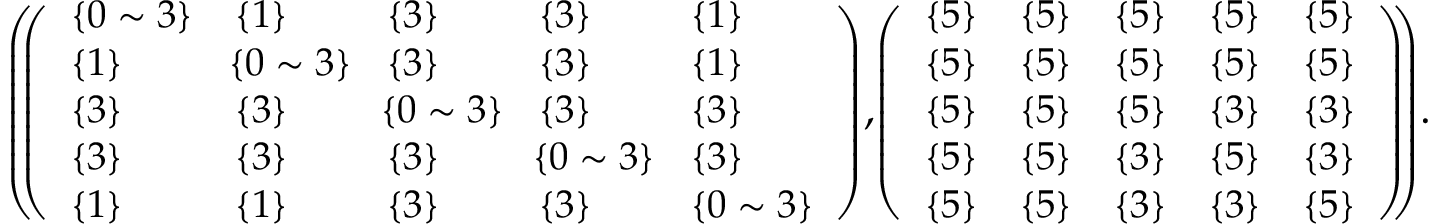
\begin{array} { r } { \small { \left( \! \! \left( \begin{array} { l l l l l } { \{ 0 \sim 3 \} } & { \{ 1 \} } & { \{ 3 \} } & { \{ 3 \} } & { \{ 1 \} } \\ { \{ 1 \} } & { \! \{ 0 \sim 3 \} \! } & { \{ 3 \} } & { \{ 3 \} } & { \{ 1 \} } \\ { \{ 3 \} } & { \{ 3 \} } & { \! \{ 0 \sim 3 \} \! } & { \{ 3 \} } & { \{ 3 \} } \\ { \{ 3 \} } & { \{ 3 \} } & { \{ 3 \} } & { \! \{ 0 \sim 3 \} \! } & { \{ 3 \} } \\ { \{ 1 \} } & { \{ 1 \} } & { \{ 3 \} } & { \{ 3 \} } & { \{ 0 \sim 3 \} } \end{array} \right) \! , \! \left( \begin{array} { l l l l l } { \{ 5 \} } & { \{ 5 \} } & { \{ 5 \} } & { \{ 5 \} } & { \{ 5 \} } \\ { \{ 5 \} } & { \{ 5 \} } & { \{ 5 \} } & { \{ 5 \} } & { \{ 5 \} } \\ { \{ 5 \} } & { \{ 5 \} } & { \{ 5 \} } & { \{ 3 \} } & { \{ 3 \} } \\ { \{ 5 \} } & { \{ 5 \} } & { \{ 3 \} } & { \{ 5 \} } & { \{ 3 \} } \\ { \{ 5 \} } & { \{ 5 \} } & { \{ 3 \} } & { \{ 3 \} } & { \{ 5 \} } \end{array} \right) \! \! \right) \! . } } \end{array}